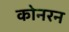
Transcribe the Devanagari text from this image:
कोनरन